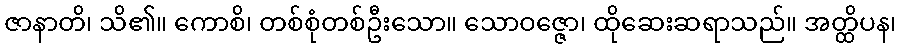
ဇာနာတိ၊ သိ၏။ ကောစိ၊ တစ်စုံတစ်ဦးသော။ သောဝဇ္ဇော၊ ထိုဆေးဆရာသည်။ အတ္ထိပန၊